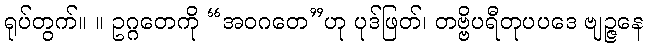
ရုပ်တွက်။ ။ ဥဂ္ဂတေကို “အဝဂတေ”ဟု ပုဒ်ဖြတ်၊ တဗ္ဗိပရီတုပပဒေ ဗျဉ္ဇနေ